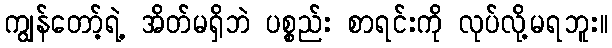
ကျွန်တော့်ရဲ့ အိတ်မရှိဘဲ ပစ္စည်း စာရင်းကို လုပ်လို့မရဘူး။